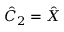
\hat { C } _ { 2 } = \hat { X }